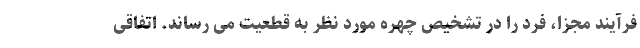
فرآیند مجزا، فرد را در تشخیص چهره مورد نظر به قطعیت می رساند. اتفاقی